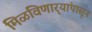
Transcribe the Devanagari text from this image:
मिळविणार्‍यांपासून